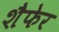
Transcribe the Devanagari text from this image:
शैफेर